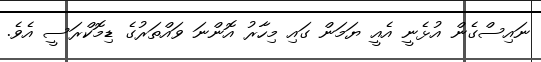
ނައިސްގެން އުޅެނީ އެއީ ޔަމަން ގައި މިހާރު އޮންނަ ވައްތަރުގެ ޑިމޮކްރަސީ އެވެ.